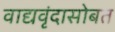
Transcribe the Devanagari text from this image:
वाद्यवृंदासोबत